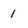
Character: 1